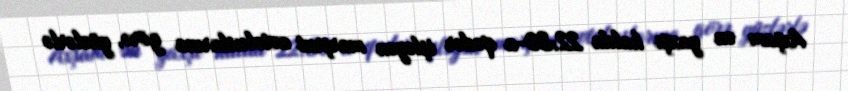
Axşam ən yaxşı halda 22:30-a qədər işləyən marşrut avtobuslarına görə, yüzlərlə